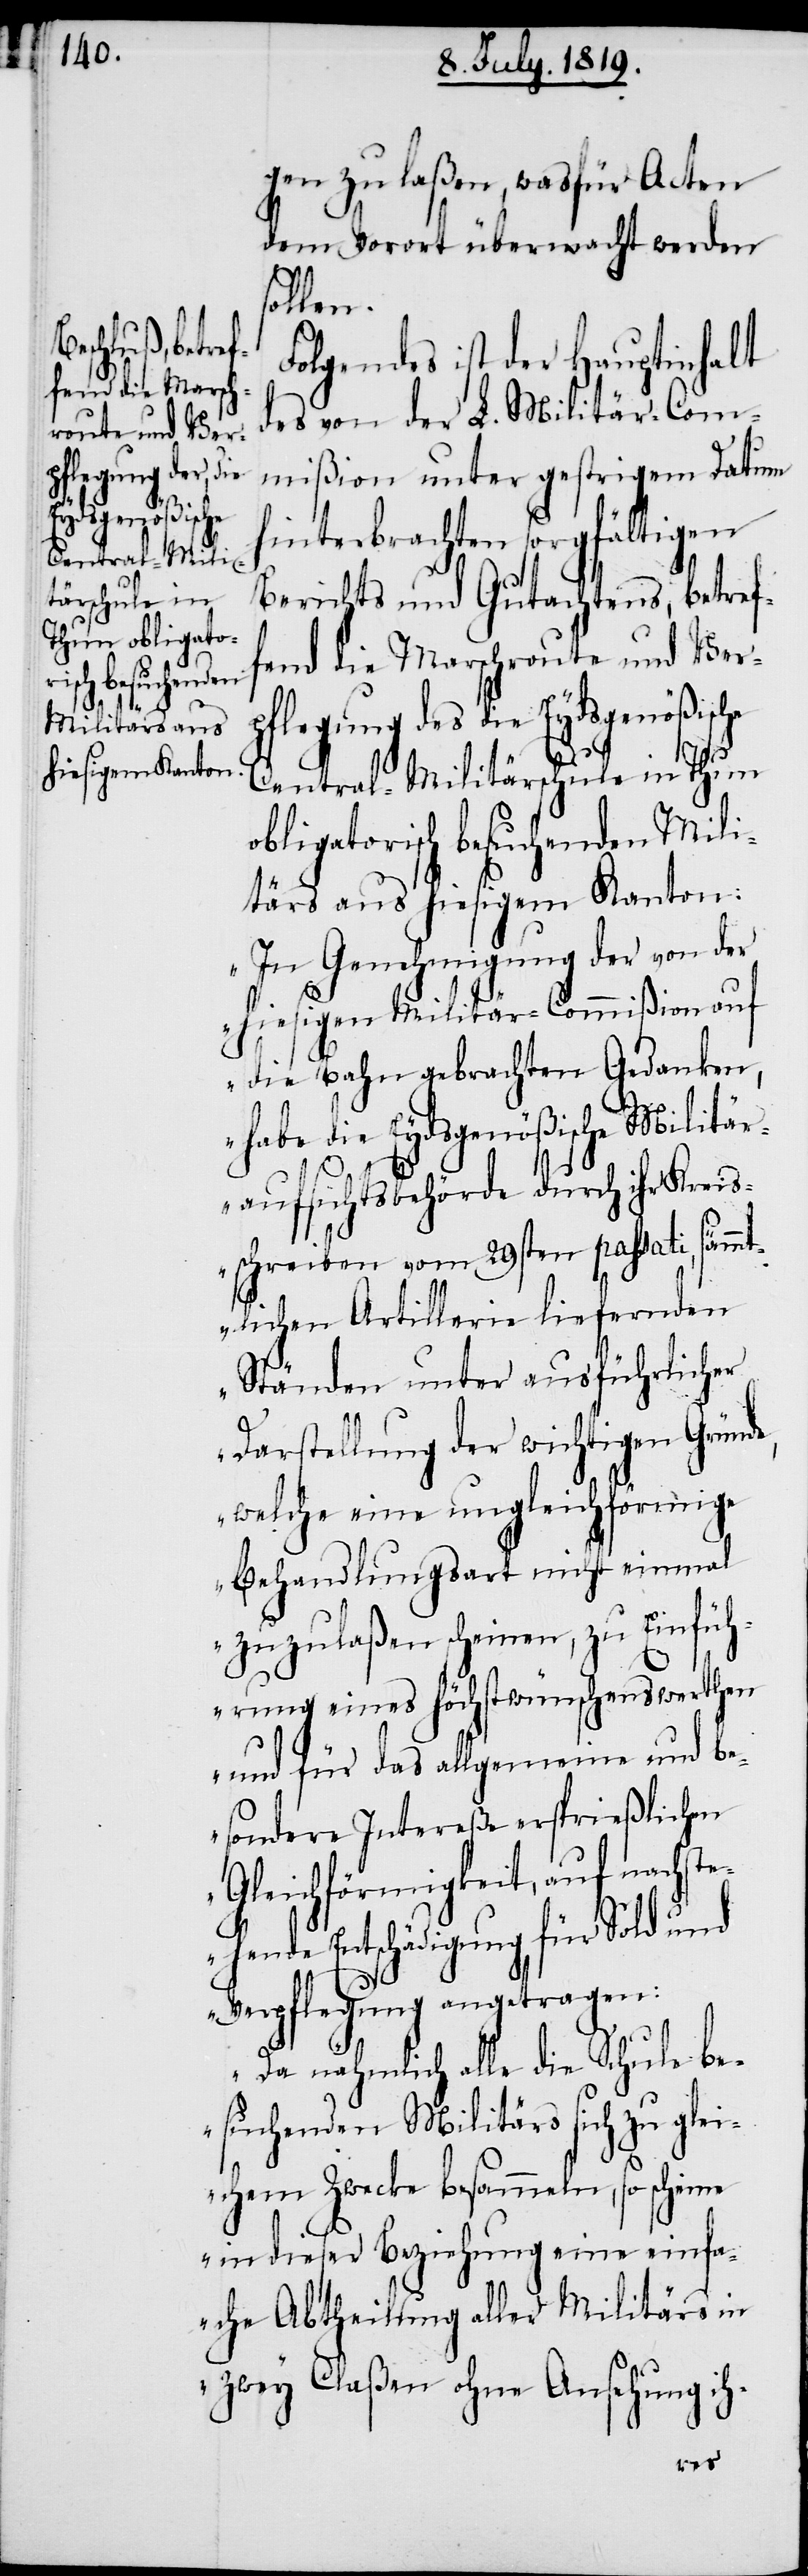
fend die Marsch¬
route und Ver¬

gen zu laßen, was für Acten
dem Vorort überwacht werden
ollen.
Folgendes ist der Hauptinhalt
des von der L. Militär-Com¬
mißion unter gestrigem Datum
hinterbrachten sorgfältigen
Berichts und Gutachtens, betref¬
pflegung des die Eydsgenößisc¬
Central-Militärschule in Thun
obligatorisch besuchenden Mili¬
tärs aus hiesigem Kanton:
„In Genehmigung der von der
hiesigen Militär-Commißion auf
die Bahn gebrachten Gedanken,
habe die Eydsgenößische Militär¬
aufsichtsbehörde durch ihr Kreis¬
schreiben vom 29sten passati, säm¬
mtlichen Artillerie liefernden
Ständen unter ausführlicher
Darstellung der wichtigen Gründe,
welche eine ungleichförmige
Behandlungsart nicht einmal
zuzulaßen scheinen, zu Einfüh¬
rung eines höchst wünschenswerthen
und für das allgemeine und be¬
sondere Intereße ersprießlichen
Gleichförmigkeit, auf nachst¬
ehende Entschädigung für Sold und
Verpflegung angetragen:
Da nähmlich alle die Schule be¬
suchenden Militärs sich zu glei¬
chem Zwecke besammeln, so scheine
in dieser Beziehung eine einfa¬
che Abtheilung aller Militärs in
zwey Claßen ohne Ansehung ih-
he